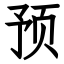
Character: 预